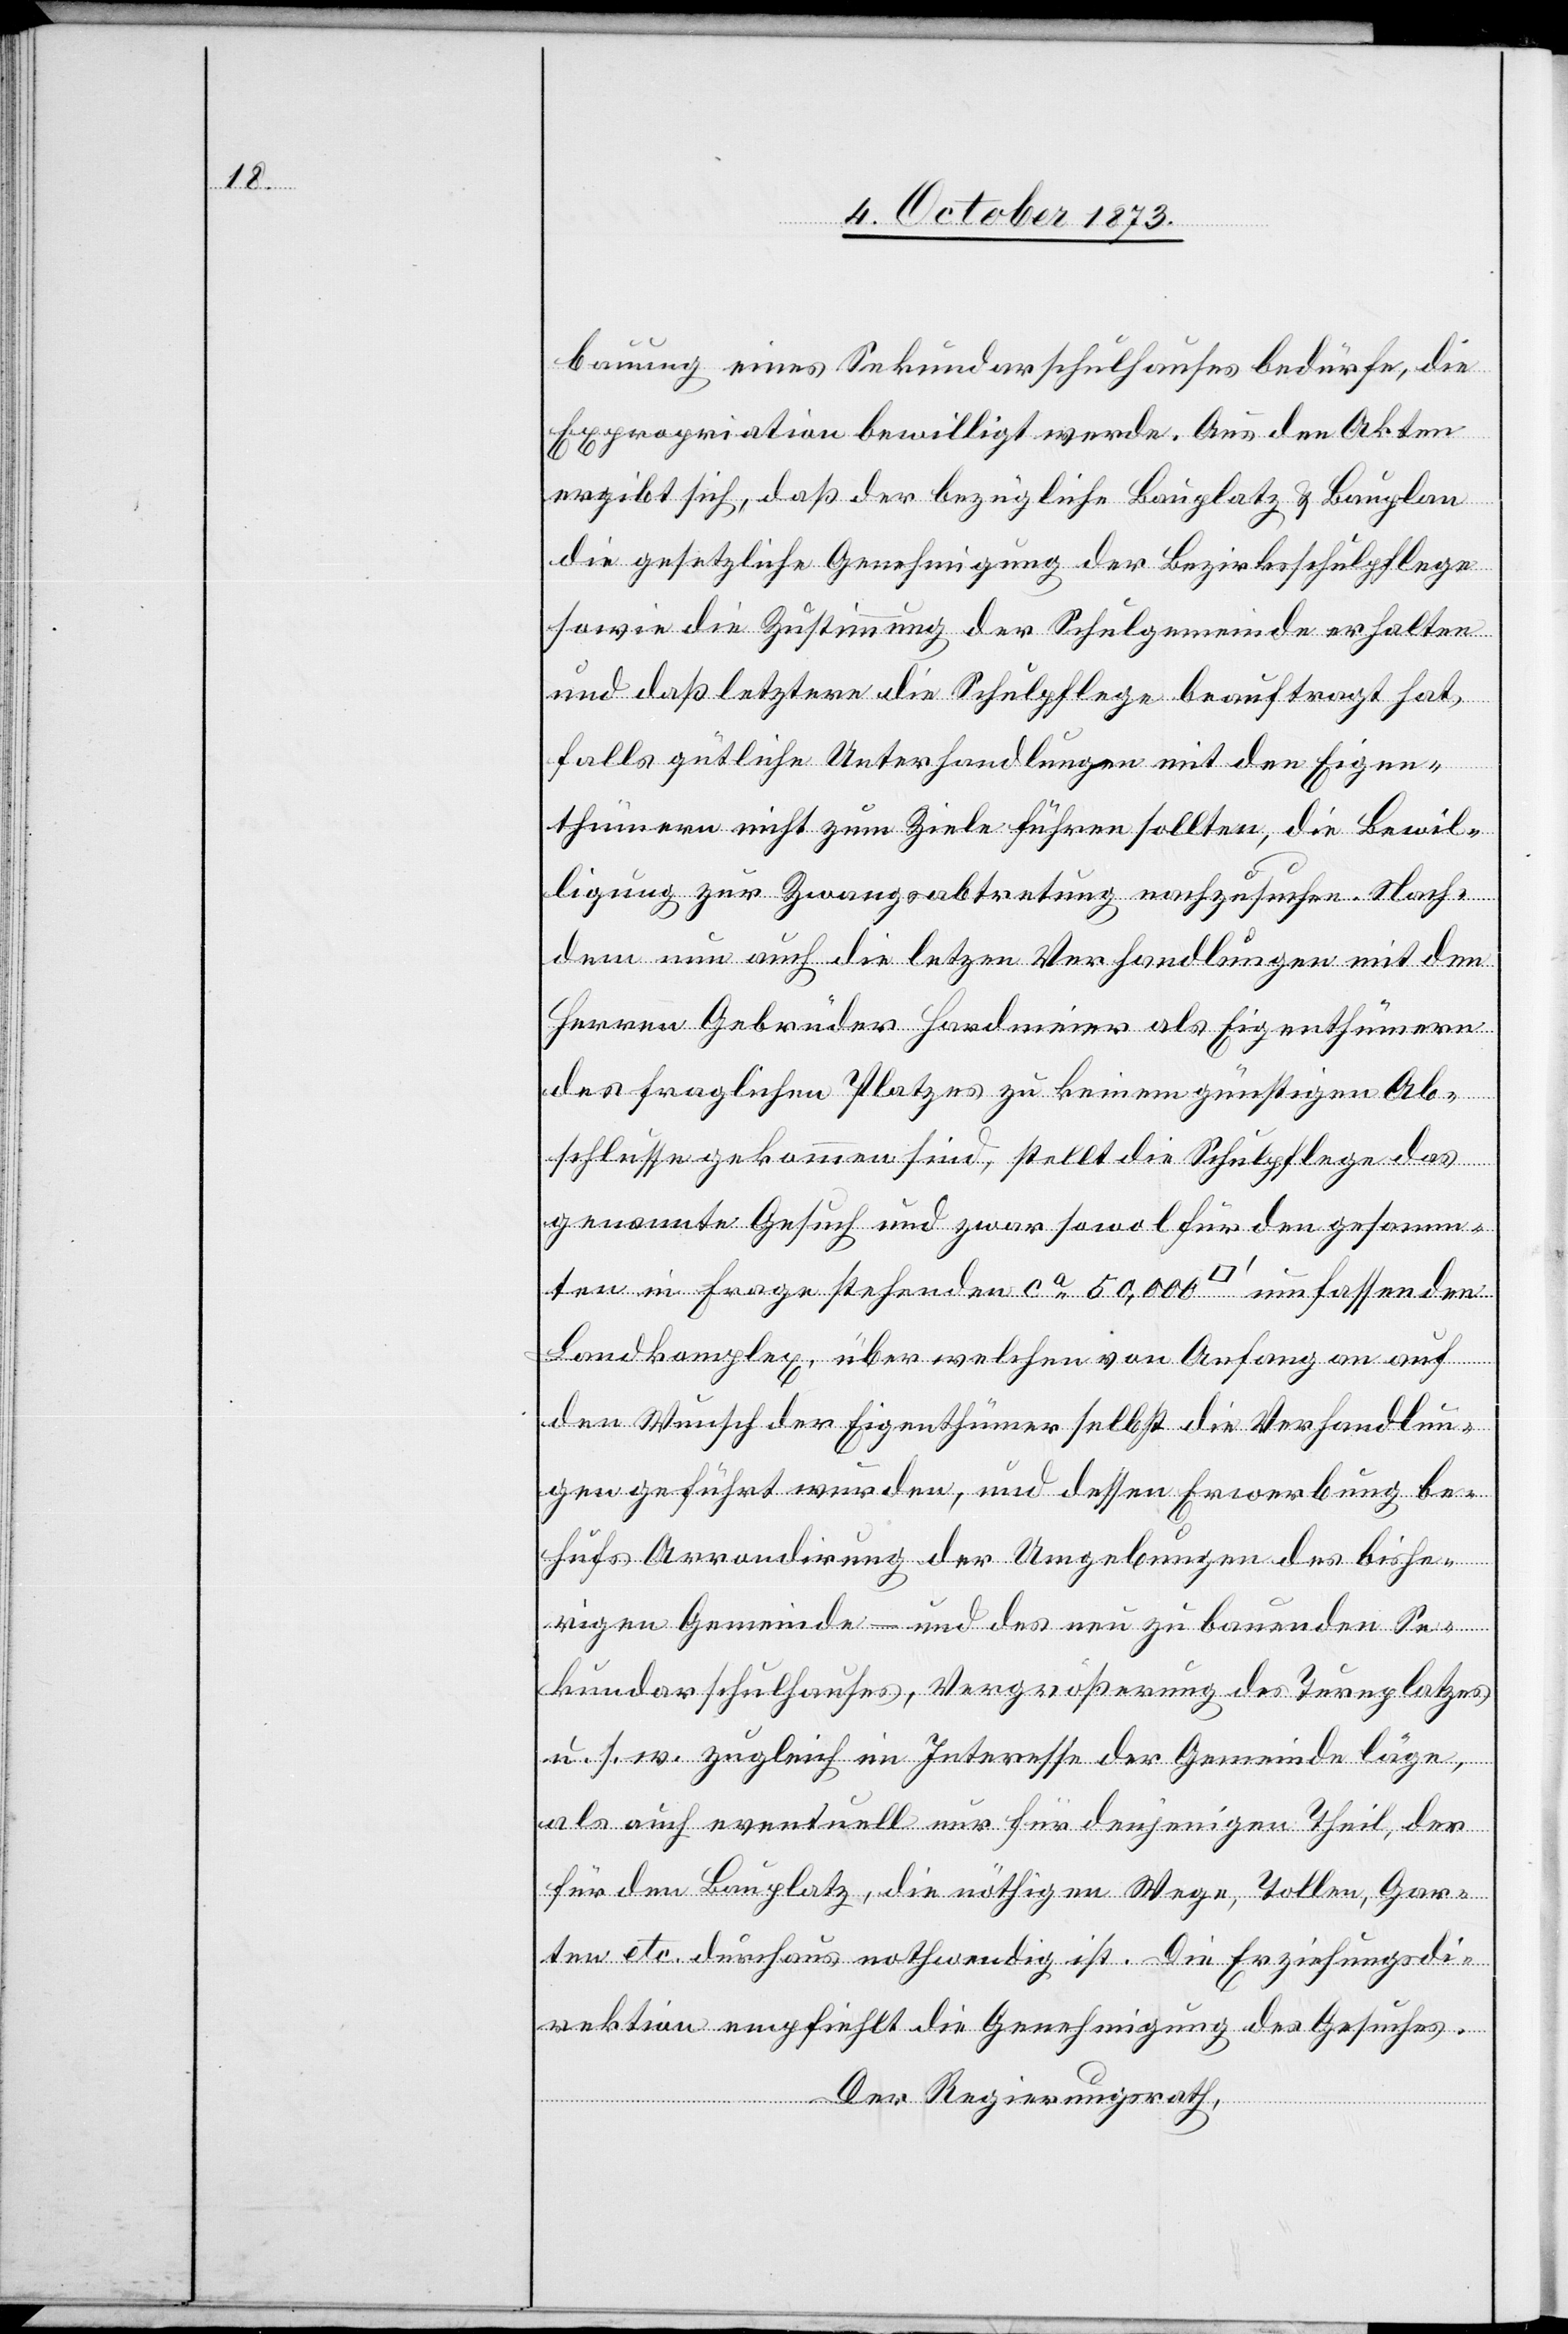
bauung eines Sekundarschulhauses bedürfe, die
Expropriation bewilligt werde. Aus den Akten
ergibt sich, daß der bezügliche Bauplatz & Bauplan
die gesetzliche Genehmigung der Bezirksschulpflege
sowie die Zustimmung der Schulgemeinde erhalten
und daß letztere die Schulpflege beauftragt hat,
falls gütliche Unterhandlungen mit den Eigen¬
thümern nicht zum Ziele führen sollten, die Bewil¬
ligung zur Zwangsabtretung nachzusuchen. Nach¬
dem nun auch die letz[t]en Verhandlungen mit den
Herren Gebrüder Hardmeier als Eigenthümern
des fraglichen Platzes zu keinem günstigen Ab¬
schlusse gekommen sind, stellt die Schulpflege das
genannte Gesuch und zwar sowol für den gesamm¬
ten in Frage stehenden ca 50,000 [Quadratfuss] umfassenden
Landkomplex, über welchen von Anfang an auf
den Wunsch der Eigenthümer selbst die Verhandlun¬
gen geführt wurden, und dessen Erwerbung be¬
hufs Arrondirung der Umgebungen der bishe¬
rigen Gemeinde – und des neu zu bauenden Se¬
kundarschulhauses, Vergrößerung des Turnplatzes
w. auch eventuell nur für denjenigen Theil, der
für den Bauplatz, die nöthigen Wege, Tollen, Gar¬
ten etc. durchaus nothwendig ist. Die Erziehungsdi¬
rektion empfiehlt die Genehmigung des Gesuches.
Der Regierungsrath,